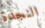
النجدة